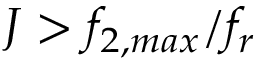
J > f _ { 2 , m a x } / f _ { r }